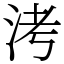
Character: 洘